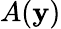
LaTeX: A(\mathbf{y})